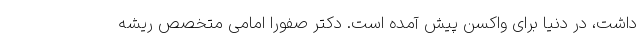
داشت، در دنیا برای واکسن پیش آمده است. دکتر صفورا امامی متخصص ریشه